Alatskivi_vallavalitsus_et, lk 160
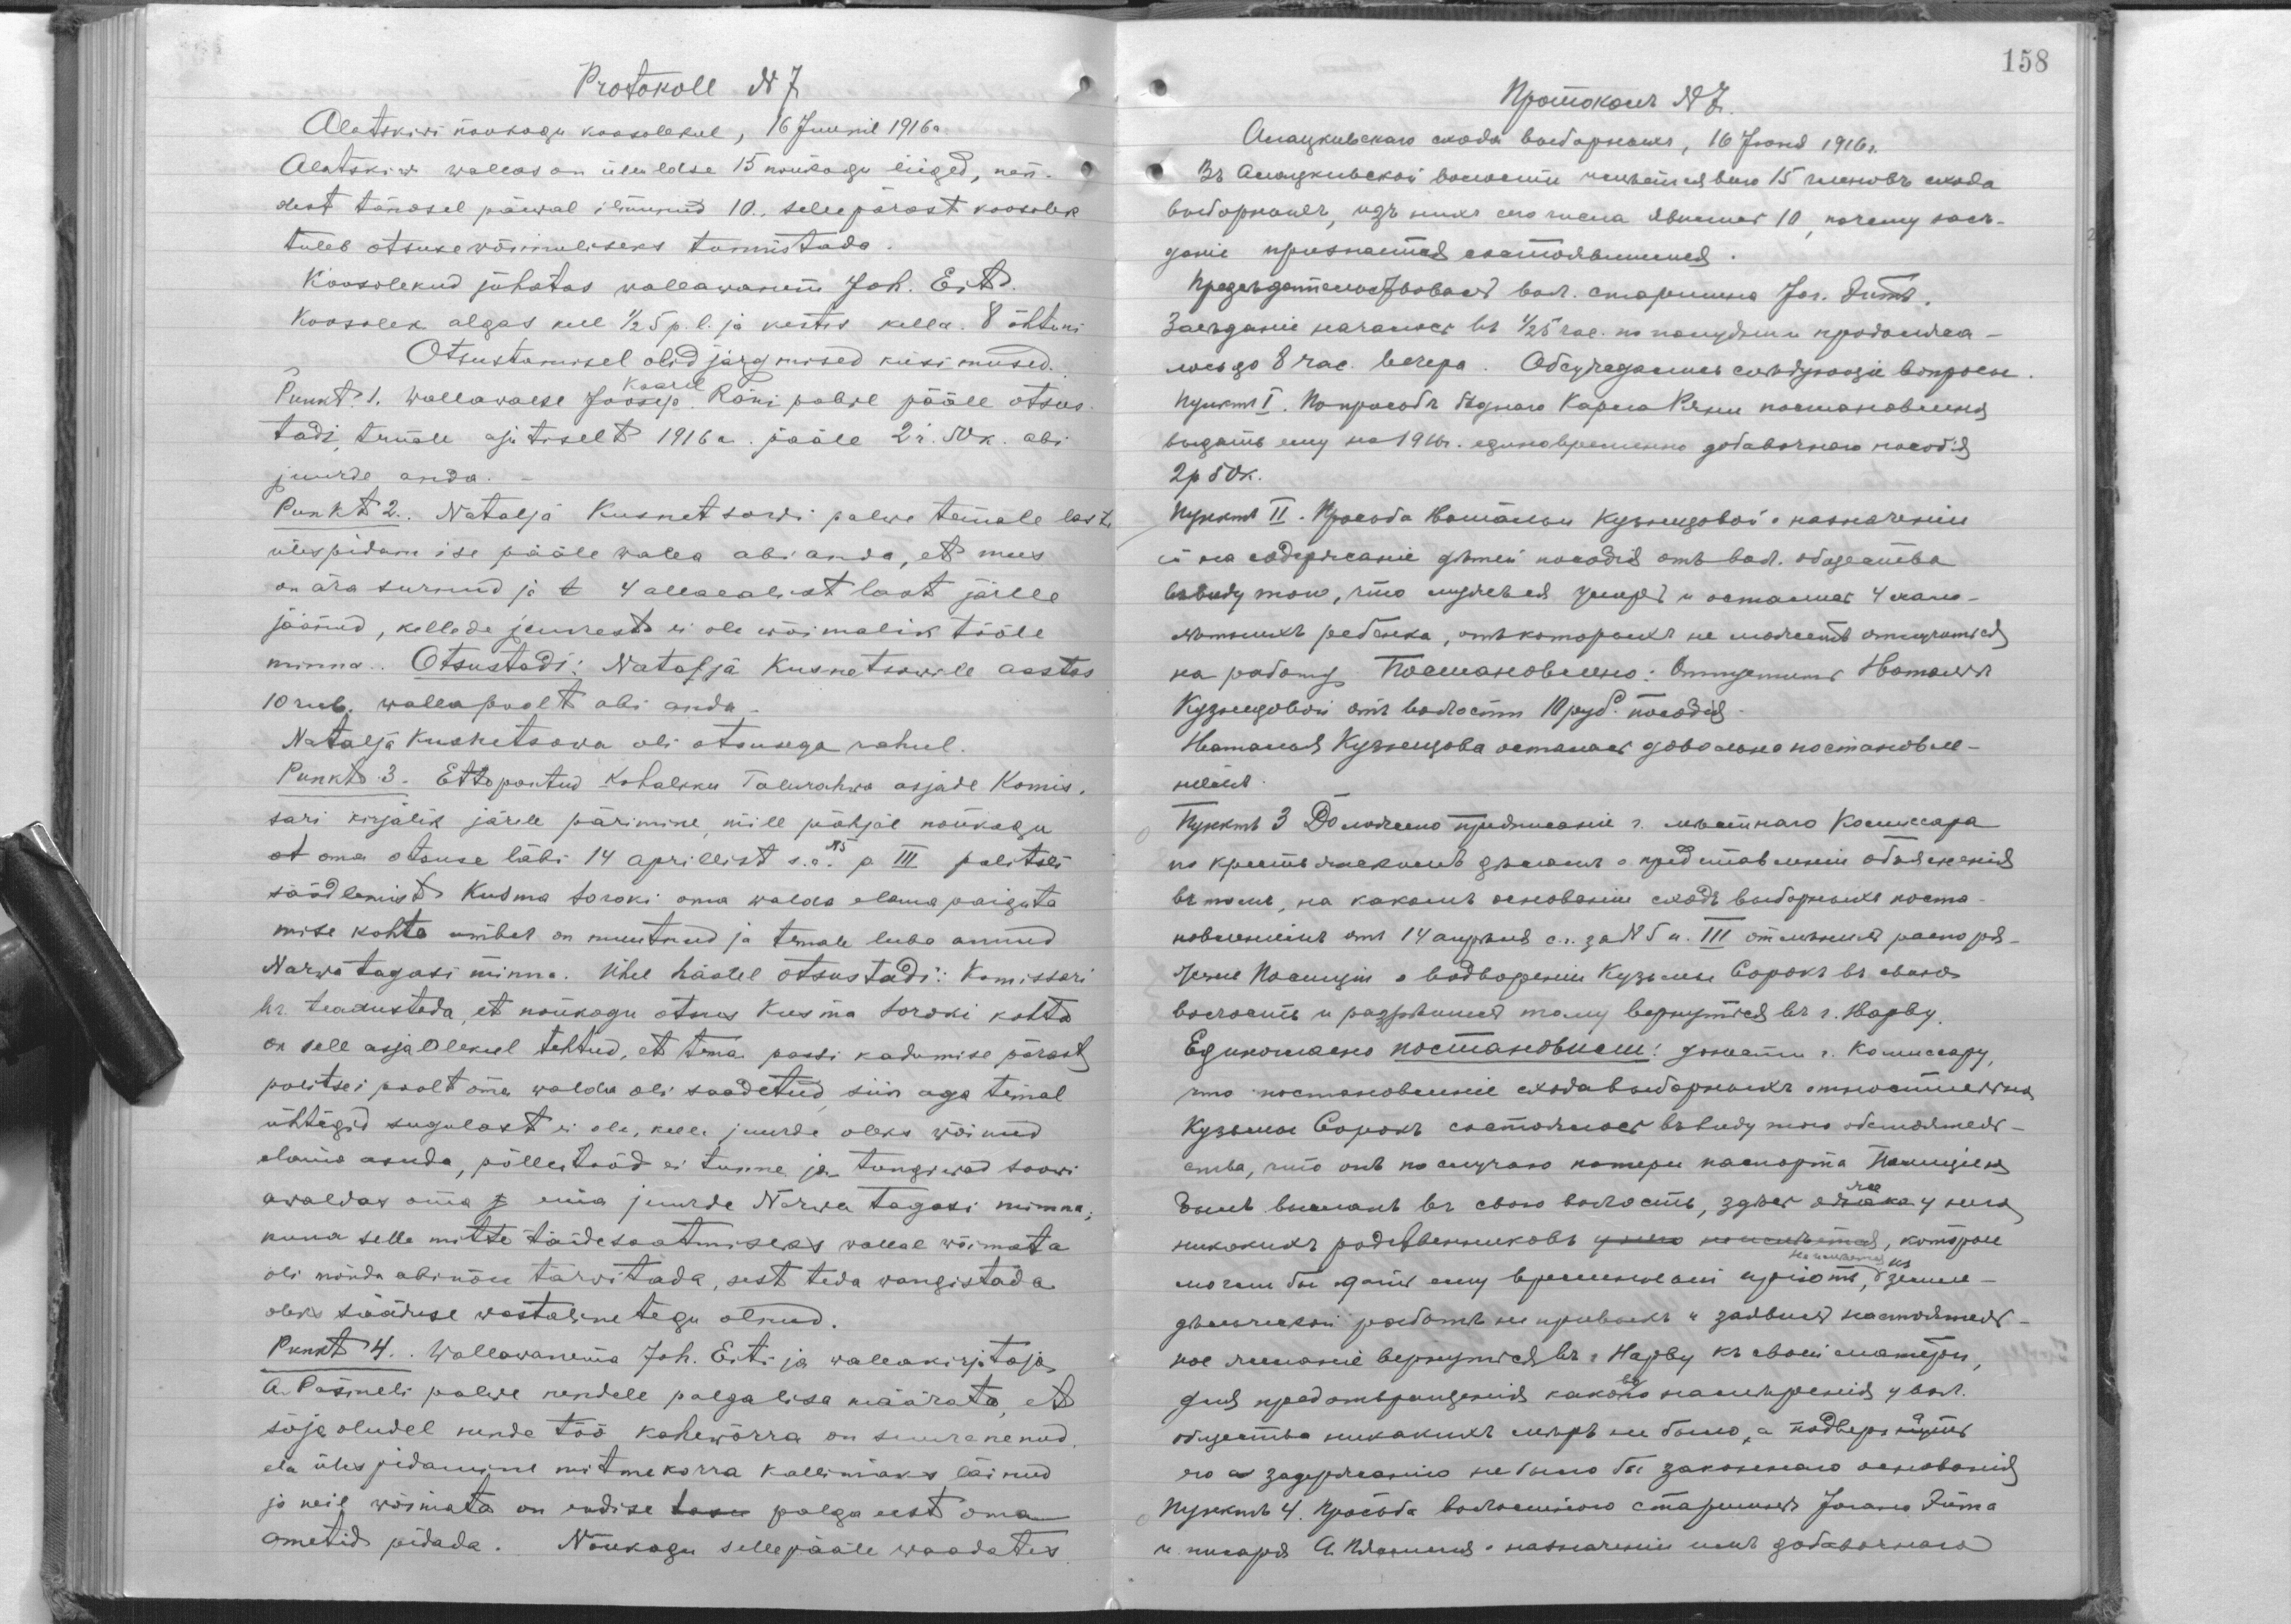
Protokoll N 7
Alatskiwi nõukogu koosolekul, 16 Juunil 1916 a.
Alatskiwi wallas on üleüldse 15 nõukogu liiged, nen-
dest tänasel päewal ilmunud 10, sellepärast koosolek
tuleb otsustuswõimeliseks tunnistada.
Koosolekud juhatas wallawanem Joh. Ert.
Koosolek algas 1/2 5 p.l. ja kestis kella 8 õhtuni
Otsustamisel olid järgmised küsimused
Punkt 1. Wallawaese Joosep Kaarel Roni palwe pääle otsus-
tadi temale ajutiselt 1916 a pääle 2 r. 50 k. abi
juurde anda.
Punkt 2. Natalja Kusnetsowi palwe temale laste
ülespidamise pääle walla abi anda, et mees
on ära surnud ja t 4 alaealist last järele
jäänud, kellede juurest ei ole wõimalik tööle
minna. Otsustadi: Natalja Kusnetsowile aastas
10 rub. walla poolt abi anda.
Natalja Kusnetsowa oli otsusega rahul.
Punkt 3. Ettepanek kohaliku Talurahwa asjade Komis-
sari kirjalik järele pärimine, mill põhjal nõukogu
ot oma otsuse läbi 14 aprillist s.a. 15 p. III politsei
säädlemist Kusma Soroki oma walda elama paiguta
mise kohta ümber on muutnud ja temale luba annud
Narwa tagasi minna. Ühel häälel otsustadi: Komissari
hr. teadustada, et nõukogu otsus Kusma Soroki kohta
on sell asjaolekul tehtud, et tema passi kadumise pärast
politsei poolt oma walda oli saadetud, siin aga temal
ühtegi sugulast ei ole, kelle juures oleks wõinud
elama asuda, põllutööd ei tunne ja tungiwad soowi
awaldas oma j ema juurde Narwa tagasi minna;
kuna selle mitte täidesaatmiseks wallal wõimata
oli mõnda abinõu tarwitada, sest teda wangistada
oleks sääduse wastane tegu olnud.
Punkt 4. Wallawanema Joh. Erti ja wallakirjutaja
A. Päsmeli palwe nendele palgalisa määrata, et
sõjaoludel nende töö kahewõrra on suurenenud
elu ülespidamise mitmekorra kallimaks läinud
ja neil wõimata on endise tasu palga eest oma
ametid pidada. Nõukogu sellepääle waadates